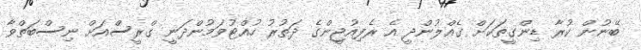
ބޭނުން ކުރާ ޑިންގީތަކަށް ގެއްލުންދީ އެ ރެފިއުޖީންގެ ދަތުރު ހުއްޓުވަމުންދަނީ ގްރީސްއަށް ނިސްބަތްވާ